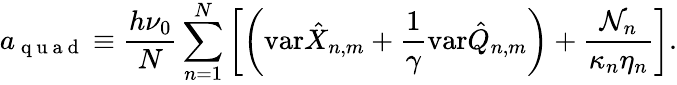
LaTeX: a_{\mathrm{~q~u~a~d~}}\equiv\frac{h\nu_{0}}{N}\sum_{n=1}^{N}\left[\left(\mathrm{var}\hat{X}_{n,m}+\frac{1}{\gamma}\mathrm{var}\hat{Q}_{n,m}\right)+\frac{{\cal N}_{n}}{\kappa_{n}\eta_{n}}\right].